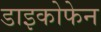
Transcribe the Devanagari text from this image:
डाइकोफेन